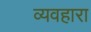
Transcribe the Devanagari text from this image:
व्यवहारा